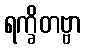
ရက္ခိတဗ္ဗာ